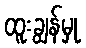
ထူးချွန်မှု